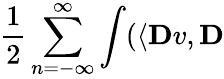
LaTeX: \frac{1}{2}\sum_{n=-\infty}^{\infty}\int(\langle\mathbf{D}v,\mathbf{D}